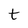
Character: t